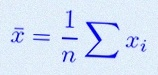
\bar{x}=\frac1n\sum x_i